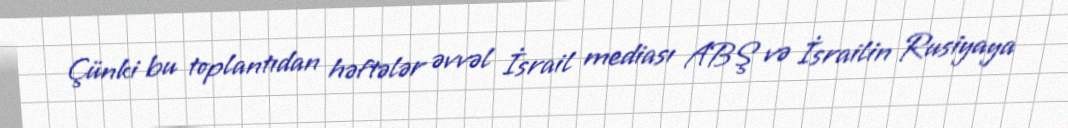
Çünki bu toplantıdan həftələr əvvəl İsrail mediası ABŞ və İsrailin Rusiyaya